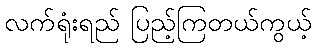
လက်ရုံးရည် ပြည့်ကြတယ်ကွယ့်